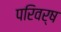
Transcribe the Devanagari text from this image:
परिवर्ष